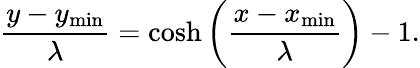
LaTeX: \frac{y-y_{\mathrm{min}}}{\lambda}=\cosh\left(\frac{x-x_{\mathrm{min}}}{\lambda}\right)-1.